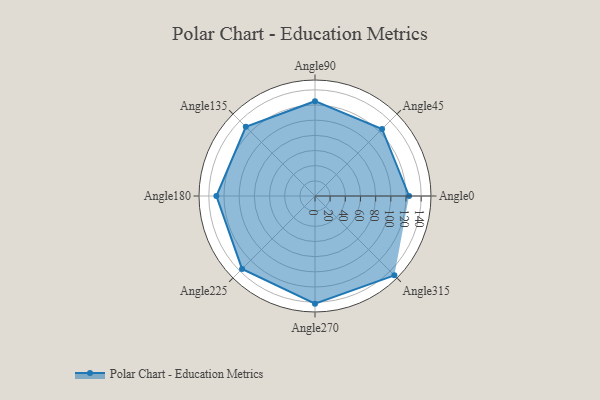
{"axis": {"x": "Angle", "y": "Radius"}, "legend": [""], "data": [{"x": "Angle0", "y": 124.0, "type": ""}, {"x": "Angle45", "y": 125.0, "type": ""}, {"x": "Angle90", "y": 125.0, "type": ""}, {"x": "Angle135", "y": 129.0, "type": ""}, {"x": "Angle180", "y": 130.0, "type": ""}, {"x": "Angle225", "y": 136.0, "type": ""}, {"x": "Angle270", "y": 142.0, "type": ""}, {"x": "Angle315", "y": 148.0, "type": ""}]}